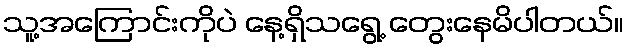
သူ့အကြောင်းကိုပဲ နေ့ရှိသရွေ့ တွေးနေမိပါတယ်။